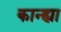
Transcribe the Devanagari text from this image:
कान्ह्या